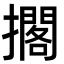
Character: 擱